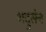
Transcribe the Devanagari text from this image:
भद्र्सेन